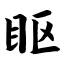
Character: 眍